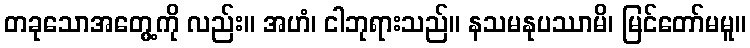
တခုသောအတွေ့ကို လည်း။ အဟံ၊ ငါဘုရားသည်။ နသမနုပဿာမိ၊ မြင်တော်မမူ။